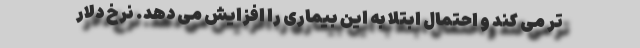
تر می کند و احتمال ابتلا به این بیماری را افزایش می دهد. نرخ دلار